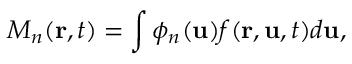
M _ { n } ( \mathbf { r } , t ) = \int \phi _ { n } ( \mathbf { u } ) f ( \mathbf { r } , \mathbf { u } , t ) d \mathbf { u } ,